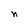
Character: n